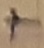
Text: +